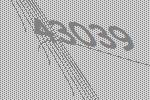
43039